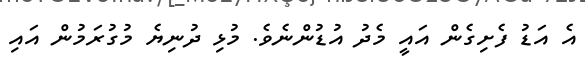
އެ އަޑު ފެށިގެން އައީ މެދު އުޑުންނެވެ. މުޅި ދުނިޔެ މުގުރަމުން އައި